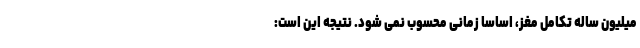
میلیون ساله تکامل مغز، اساساً زمانی محسوب نمی شود. نتیجه این است: